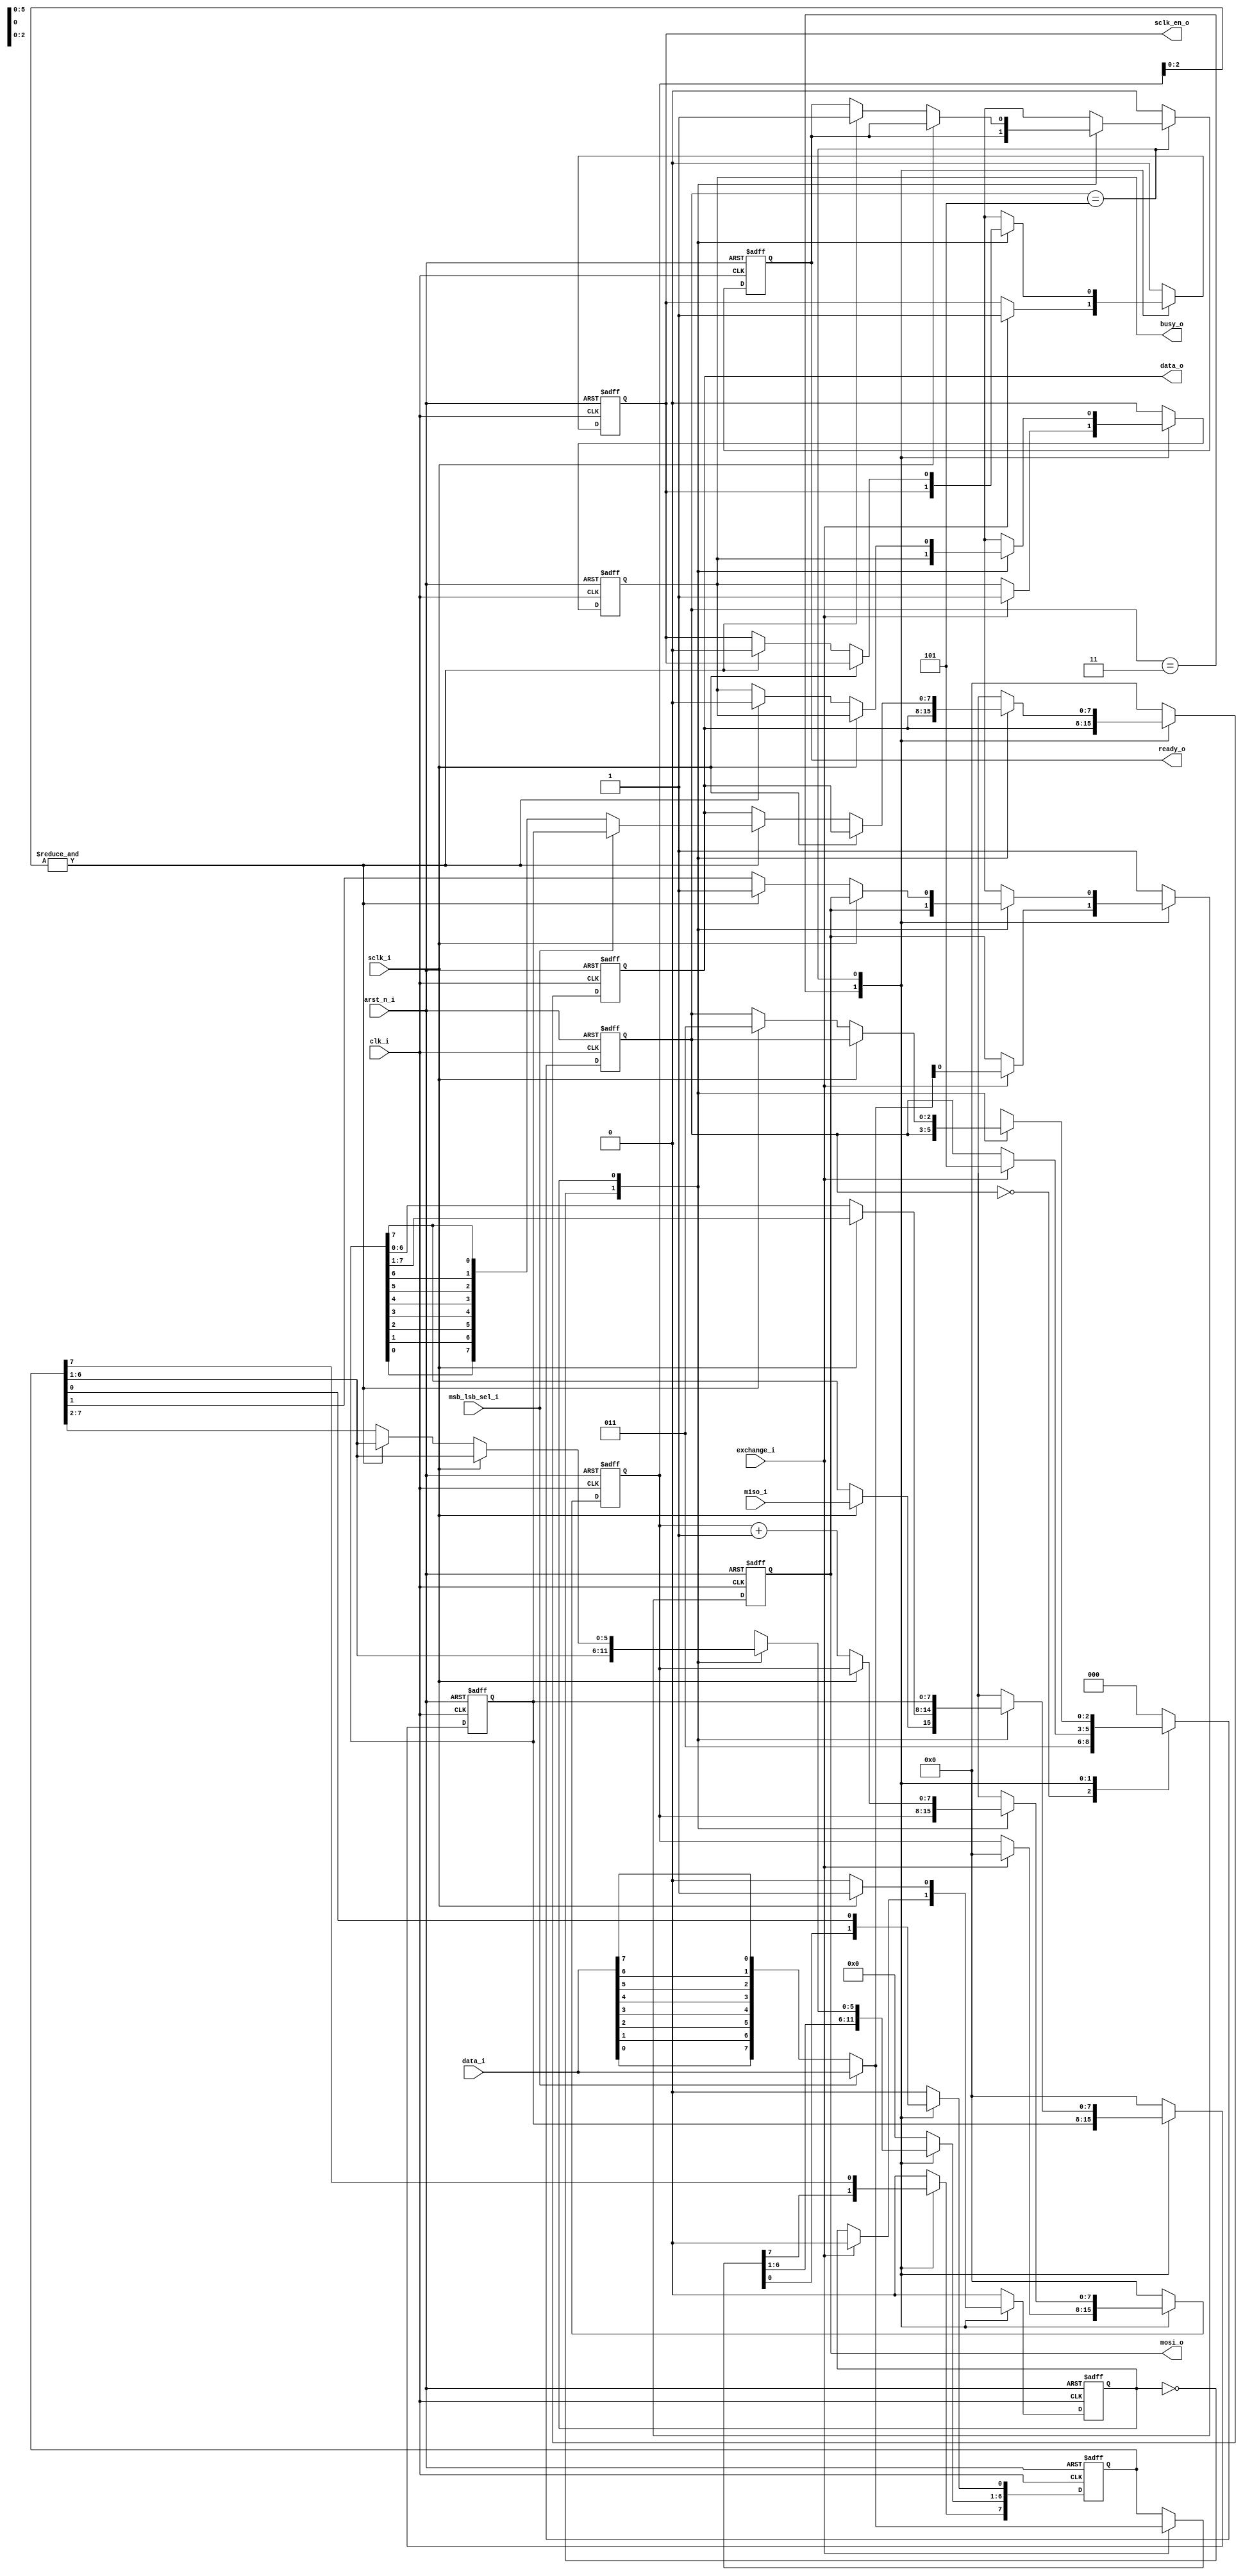
/* -------------------------------------------------------------------------------
 * Project        : AXI-lite SPI IP Core
 * Description    : SPI mosi/miso data exchange control
 * Organization   : BSC; CIC-IPN
 * Author(s)      : Abraham J. Ruiz R. (aruiz) (https://github.com/m4j0rt0m)
 * Email(s)       : abraham.ruiz@bsc.es; abraham.j.ruiz.r@gmail.com
 * References     :
 * -------------------------------------------------------------------------------
 * Revision History
 *  Revision   | Author      | Description
 *  1.0        | aruiz       | First version
 *  2.0        | aruiz       | Added asynchronous reset and soft reset
 *  2.1        | aruiz       | Code refactoring and added Ratio Clock Gen
 *  3.0        | aruiz       | Sync'd a main fixed clock and a variable faster
 *             |             | clock for the axi write/read transactions
 * -----------------------------------------------------------------------------*/

module spi_exch_byte
# (
    parameter BYTE  = 8
  )
(/*AUTOARG*/
   // Outputs
   sclk_en_o, busy_o, ready_o, data_o, mosi_o,
   // Inputs
   clk_i, arst_n_i, sclk_i, msb_lsb_sel_i, exchange_i, data_i, miso_i
   );

  /* clks */
  input               clk_i;
  input               arst_n_i;
  input               sclk_i;

  /* ctrl */
  input               msb_lsb_sel_i;
  input               exchange_i;
  output              sclk_en_o ;
  output              busy_o ;
  output              ready_o ;

  /* data */
  input   [BYTE-1:0]  data_i;
  output  [BYTE-1:0]  data_o ;

  /* mosi/miso */
  input               miso_i;
  output              mosi_o ;

  /* integers and genvars */
  genvar I;

  /* local parameters */
  localparam  POS_EDGE  = 1'b0;
  localparam  NEG_EDGE  = 1'b1;
  localparam  DISABLED  = 1'b0;
  localparam  ENABLED   = 1'b1;
  localparam  IDLE      = 1'b0;
  localparam  BUSY      = 1'b1;
  localparam  HIGH      = 1'b1;
  localparam  LOW       = 1'b0;
  localparam  MSB       = 1'b0;
  localparam  LSB       = 1'b1;

  /* state machine parameters */
  reg [2:0] fsm_exch_byte, fsm_exch_byte_d;
    localparam  StateInit     = 3'b000;
    localparam  StateIdle     = 3'b011;
    localparam  StateExchange = 3'b101;

  /* regs and wires */
  reg               sclk_en, sclk_en_d;
  reg               busy, busy_d;
  reg               ready, ready_d;
  reg   [BYTE-1:0]  data, data_d;
  reg               mosi, mosi_d;
  reg   [BYTE-1:0]  buffer_r, buffer_r_d;
  reg   [BYTE-1:0]  buffer_w, buffer_w_d;
  reg   [BYTE-1:0]  bitcount, bitcount_d;
  reg               check_sdclk_edge, check_sdclk_edge_d;
  wire  [BYTE-1:0]  data_s; //..data to be send
  wire  [BYTE-1:0]  data_r; //..data received
  wire  [BYTE-1:0]  data_s_i;
  wire  [BYTE-1:0]  buffer_r_n;

  /* state machine: comb */
  always @ (*)  begin
    sclk_en_d           = sclk_en;
    busy_d              = busy;
    bitcount_d          = bitcount;
    buffer_r_d          = buffer_r;
    buffer_w_d          = buffer_w;
    ready_d             = ready;
    check_sdclk_edge_d  = check_sdclk_edge;
    data_d              = data;
    mosi_d              = mosi;
    fsm_exch_byte_d     = fsm_exch_byte;
    case(fsm_exch_byte)
      StateInit:  begin
        sclk_en_d           = DISABLED;
        busy_d              = IDLE;
        bitcount_d          = 0;
        buffer_r_d          = 0;
        buffer_w_d          = 0;
        ready_d             = LOW;
        data_d              = 0;
        check_sdclk_edge_d  = POS_EDGE;
        mosi_d              = HIGH;
        fsm_exch_byte_d     = StateIdle;
      end
      StateIdle:  begin
        if(exchange_i)  begin
          sclk_en_d           = ENABLED;
          busy_d              = BUSY;
          bitcount_d          = 0;
          check_sdclk_edge_d  = POS_EDGE;
          buffer_w_d          = data_s;
          mosi_d              = data_s[0];
          fsm_exch_byte_d     = StateExchange;
        end
        ready_d = LOW;
      end
      StateExchange:  begin
        case(check_sdclk_edge)
          POS_EDGE: begin
            if(sclk_i)  begin
              buffer_r_d[BYTE-1]    = miso_i;
              buffer_r_d[BYTE-2:0]  = buffer_r[BYTE-1:1];
              check_sdclk_edge_d    = NEG_EDGE;
            end
          end
          NEG_EDGE: begin
            if(~sclk_i) begin
              bitcount_d          = bitcount + 1;
              check_sdclk_edge_d  = POS_EDGE;
              if(&bitcount[2:0])  begin
                sclk_en_d       = DISABLED;
                busy_d          = IDLE;
                data_d          = data_r;
                mosi_d          = HIGH;
                ready_d         = HIGH;
                fsm_exch_byte_d = StateIdle;
              end
              else  begin
                mosi_d          = buffer_w[1];
                buffer_w_d[6:1] = buffer_w[7:2];
              end
            end
          end
        endcase
      end
      default: begin
        sclk_en_d           = DISABLED;
        busy_d              = IDLE;
        bitcount_d          = 0;
        buffer_r_d          = 0;
        buffer_w_d          = 0;
        ready_d             = LOW;
        check_sdclk_edge_d  = POS_EDGE;
        data_d              = 0;
        mosi_d              = HIGH;
        fsm_exch_byte_d     = StateInit;
      end
    endcase
  end

  /* state machine: seq */
  always @ (posedge clk_i, negedge arst_n_i)  begin
    if(~arst_n_i) begin
      sclk_en           <=  DISABLED;
      busy              <=  IDLE;
      bitcount          <=  0;
      buffer_r          <=  0;
      buffer_w          <=  0;
      ready             <=  LOW;
      check_sdclk_edge  <=  POS_EDGE;
      data              <=  0;
      mosi              <=  HIGH;
      fsm_exch_byte     <=  StateInit;
    end
    else  begin
      sclk_en           <=  sclk_en_d;
      busy              <=  busy_d;
      bitcount          <=  bitcount_d;
      buffer_r          <=  buffer_r_d;
      buffer_w          <=  buffer_w_d;
      ready             <=  ready_d;
      check_sdclk_edge  <=  check_sdclk_edge_d;
      data              <=  data_d;
      mosi              <=  mosi_d;
      fsm_exch_byte     <=  fsm_exch_byte_d;
    end
  end

  /* MSB/LSB */
  generate
    for(I=0; I<BYTE; I=I+1) begin:  rev_data_gen
      assign  data_s_i[I]   = data_i[BYTE-I-1];
      assign  buffer_r_n[I] = buffer_r[BYTE-I-1];
    end
  endgenerate
  assign  data_s  = (msb_lsb_sel_i==MSB) ? data_s_i   : data_i;
  assign  data_r  = (msb_lsb_sel_i==MSB) ? buffer_r_n : buffer_r;

  /* output assignments */
  assign sclk_en_o  = sclk_en;
  assign busy_o     = busy;
  assign ready_o    = ready;
  assign data_o     = data;
  assign mosi_o     = mosi;


endmodule